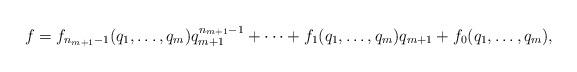
LaTeX: \begin{align*}f = f_{n_{m+1}-1}(q_1,\dots,q_{m})q_{m+1}^{n_{m+1}-1} + \cdots + f_{1}(q_1,\dots,q_{m})q_{m+1} + f_{0}(q_1,\dots,q_{m}),\end{align*}